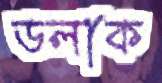
ডলাক